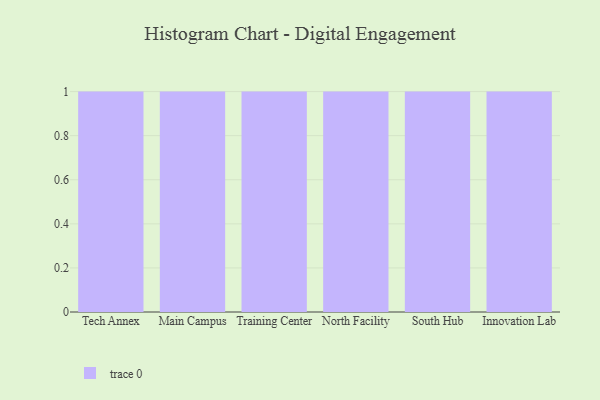
{"axis": {"x": "Campus", "y": "Satisfaction Score"}, "legend": [""], "data": [{"x": "Tech Annex", "y": 73, "type": ""}, {"x": "Main Campus", "y": 28, "type": ""}, {"x": "Training Center", "y": 67, "type": ""}, {"x": "North Facility", "y": 82, "type": ""}, {"x": "South Hub", "y": 25, "type": ""}, {"x": "Innovation Lab", "y": 8, "type": ""}]}